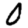
Digit: 0